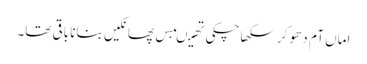
اماں آم دھو کر سکھا چکی تھیںبس پھانکیں بنانا باقی تھا۔